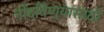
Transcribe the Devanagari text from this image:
नोंदविण्यासाठी